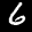
Label: 6